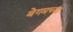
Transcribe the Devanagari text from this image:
बेगमच्या